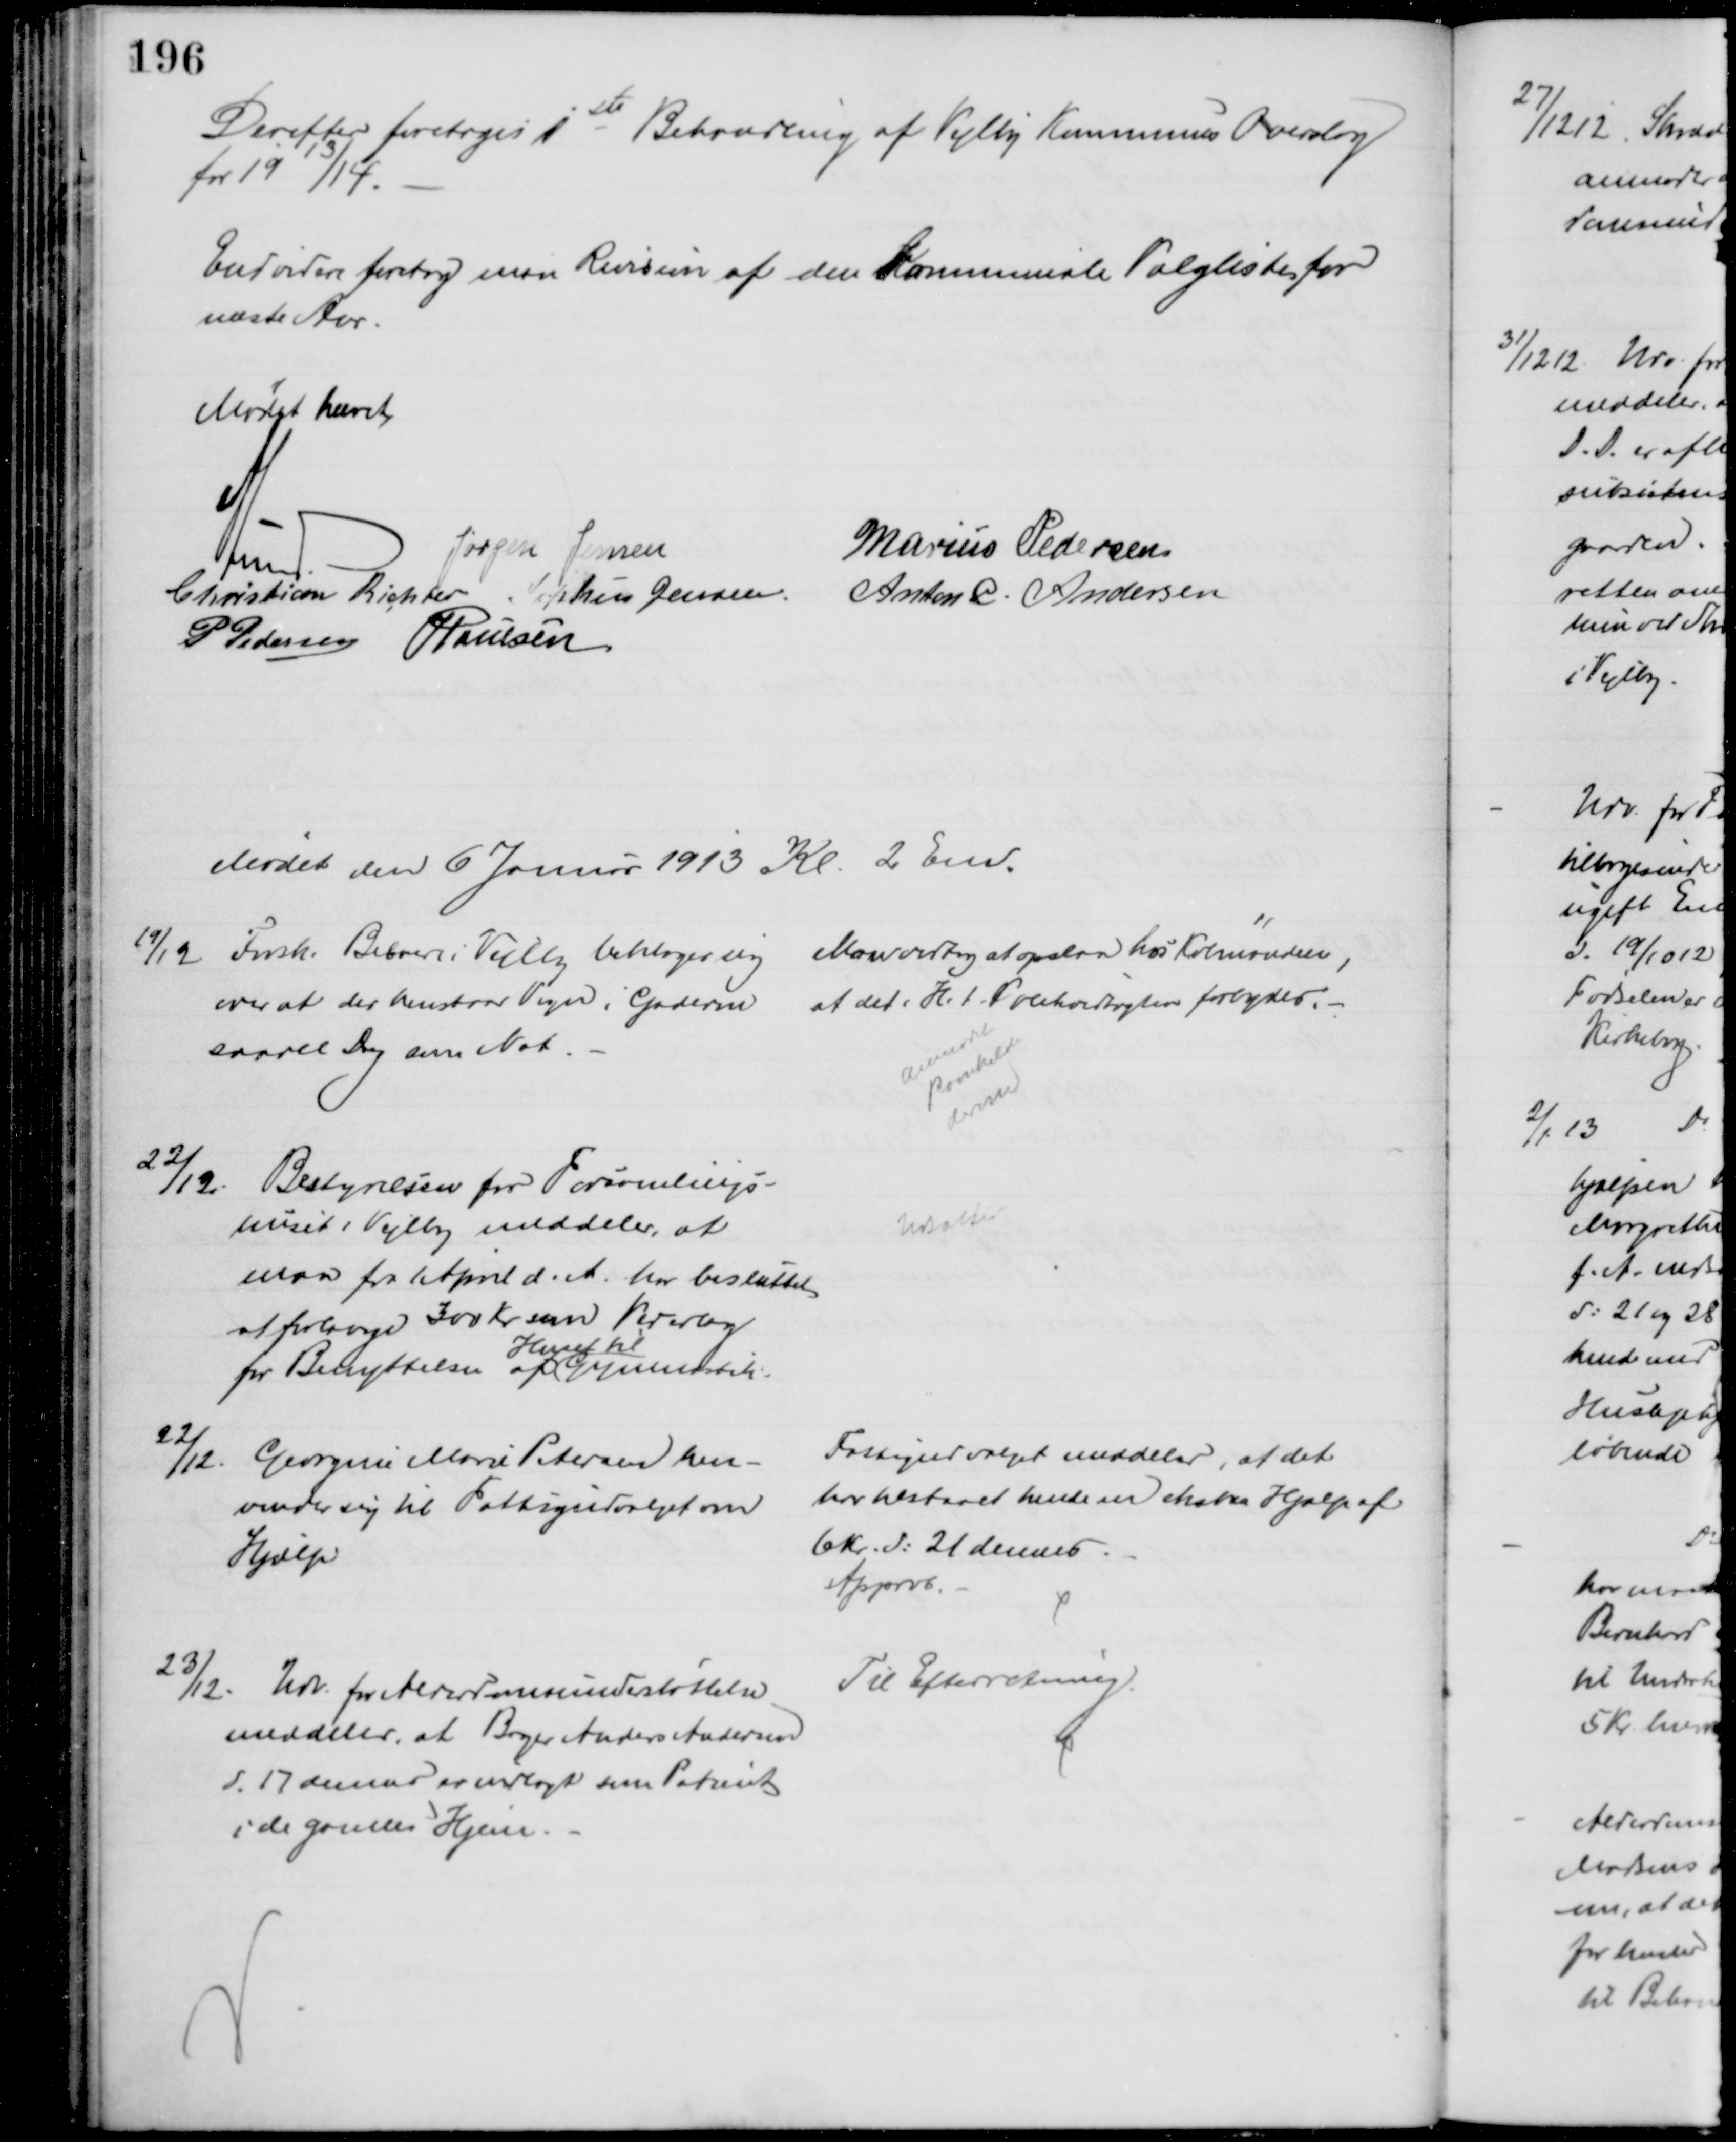
Transskription:
Derefter foretoges 1ste Behandling af Vejlby Kommunes Overslag
for 1913/14.
Endvidere foretog man Revision af den kommunale Valgliste for
næste Aar.
Mødet hævet
A Lund
Jørgen Jensen
Marius Pedersen
Christian Richter Sophus Jensen.
Anton C. Andersen
P Pedersen J Poulsen
Mødet den 6 Januar 1913 Kl. 2 Em.
19/12. Forsk. Beboere i Vejlby beklager sig 
over at der henstaar Vogn i Gaderne 
saavel Dag som Nat.
Man vedtog at opslaa hos Købmanden,
at det i H.t. Politivedtægten forbydes.
anmodet
Ravnkilde 
derom
22/12.
Bestyrelsen for Forsamlings-
huset i Vejlby meddeler, at 
man fra April d. A. har besluttet
at forlange 300 Kr som Vederlag
for Benyttelse af 
Huset til
Gymnastik.
Udsattes
22/12.
Georgine Marie Petersen hen-
vender sig til Fattigudvalget om
Hjælp
Fattigudvalget meddeler, at det
har tilstaaet hende en ekstra Hjælp af
6 Kr. d: 21 dennes
Approb.
23/12.
Udv. for Alderdomsunderstøttelse
meddeler, at Bager Anders Andersen
d. 17 dennes er indlagt som Patient
i de gamles Hjem.
Til Efterretning